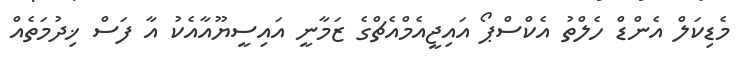
މެޑިކަލް އެންޑް ހެލްތު އެކްސްޕޯ އައިޖީއެމްއެޗްގެ ޒަމާނީ އައިސީޔޫއާއެކު އާ ފަސް ޚިދުމަތެއް